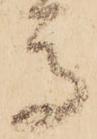
馬